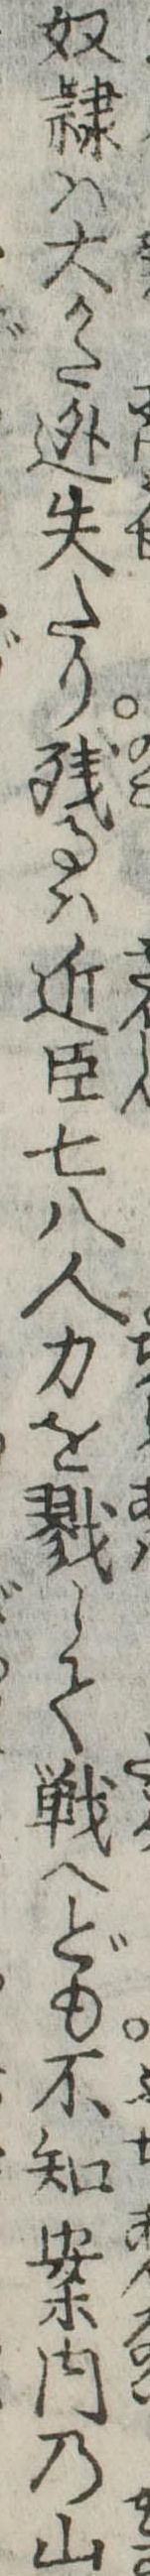
奴隷は大かた逃失たり残るは近臣七八人力を戮して戦へども不知案内の山